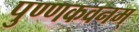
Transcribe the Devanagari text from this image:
पुण्णकवनम्